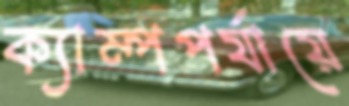
ক্যাম্পপর্যায়ে